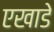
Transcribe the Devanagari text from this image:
एखाडे